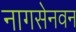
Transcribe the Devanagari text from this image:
नागसेनवन